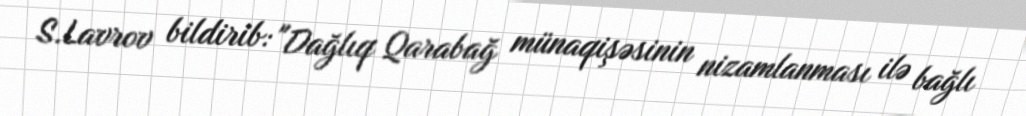
S.Lavrov bildirib: "Dağlıq Qarabağ münaqişəsinin nizamlanması ilə bağlı